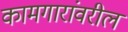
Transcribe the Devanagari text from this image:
कामगारांवरील